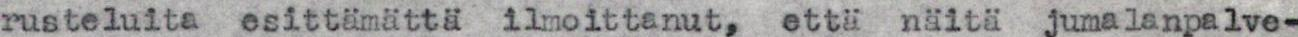
rusteluita esittämattä ilmoittanut, että näitä jumalanpalve-